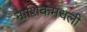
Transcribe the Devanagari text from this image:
नाशिकमधली